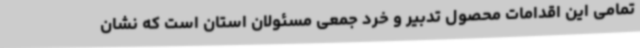
تمامی این اقدامات محصول تدبیر و خرد جمعی مسئولان استان است که نشان